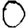
Digit: 0